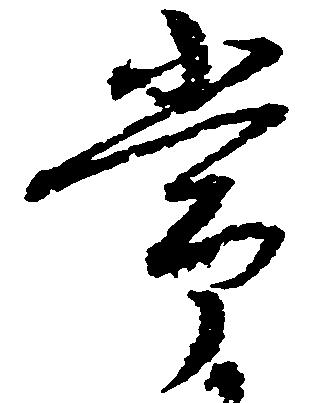
常